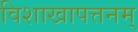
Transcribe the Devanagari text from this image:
विशाखापत्तनम्‌